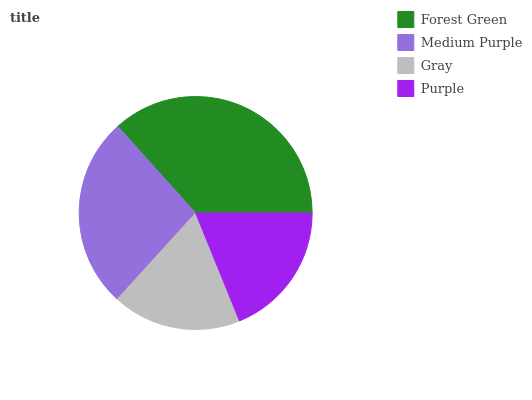
| Forest Green | Medium Purple | Gray | Purple |
 | --- | --- | --- | --- |
 | 36.7% | 26.6% | 17.9% | 18.8% |